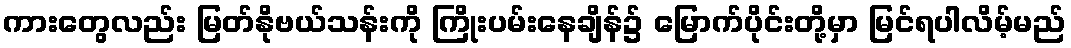
ကားတွေလည်း မြတ်နိုဗယ်သန်းကို ကြိုးပမ်းနေချိန်၌ မြောက်ပိုင်းတို့မှာ မြင်ရပါလိမ့်မည်